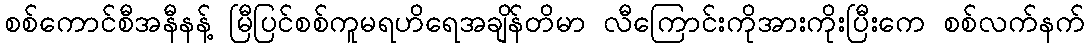
စစ်ကောင်စီအနီနန့် မြီပြင်စစ်ကူမရဟိရေအချိန်တိမာ လီကြောင်းကိုအားကိုးပြီးကေ စစ်လက်နက်